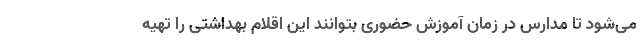
می‌شود تا مدارس در زمان آموزش حضوری بتوانند این اقلام بهداشتی را تهیه